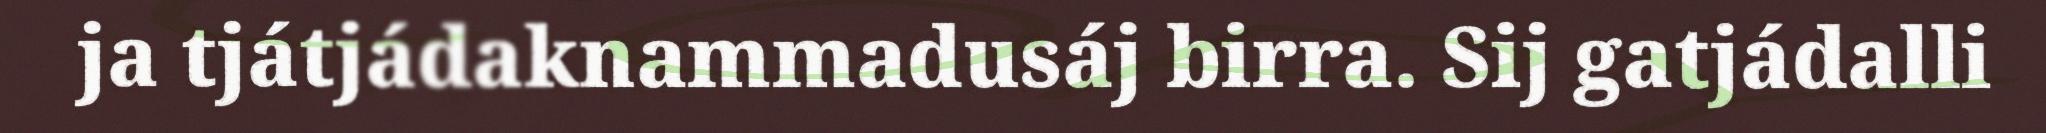
ja tjátjádaknammadusáj birra. Sij gatjádalli